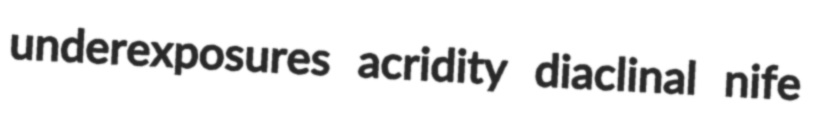
underexposures acridity diaclinal nife